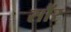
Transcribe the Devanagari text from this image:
सौंर